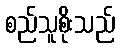
စည်သူစိုးသည်